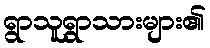
ရွာသူရွာသားများ၏